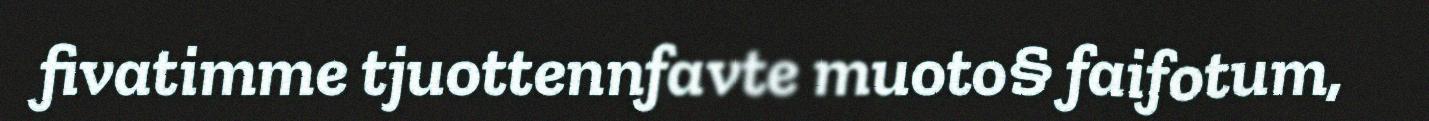
fivatimme tjuottennfavte muoto§ faifotum,